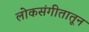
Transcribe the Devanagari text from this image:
लोकसंगीतातून